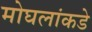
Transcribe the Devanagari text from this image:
मोघलांकडे